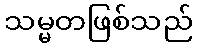
သမ္မတဖြစ်သည်